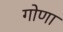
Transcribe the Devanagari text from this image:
गोणा